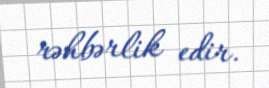
rəhbərlik edir.